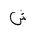
Letter: _shin